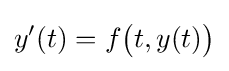
y'(t)=f{\bigl (}t,y(t){\bigr )}